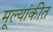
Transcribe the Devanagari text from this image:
मूल्यांकीत